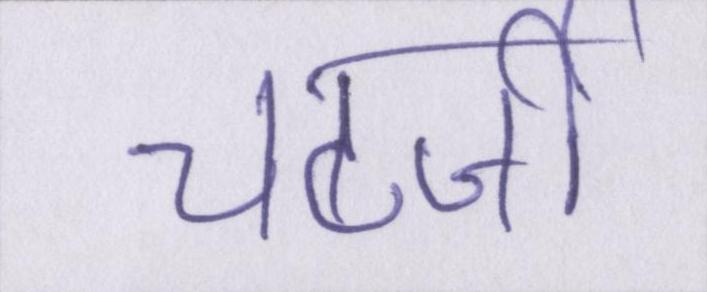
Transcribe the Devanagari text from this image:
चटर्जी